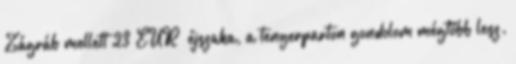
Zágráb mellett 23 EUR éjszaka, a tengerparton gondolom mégtöbb lesz.